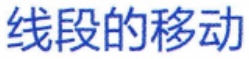
线段的移动